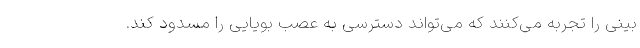
بینی را تجربه می‌کنند که می‌تواند دسترسی به عصب بویایی را مسدود کند.